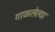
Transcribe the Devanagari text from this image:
गाळलेल्या